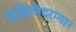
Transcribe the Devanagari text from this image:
प्रदक्षिणेदरम्यान